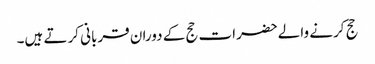
حج کرنے والےحضرات حج کے دوران قربانی کرتے ہیں۔